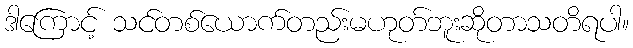
ဒါကြောင့် သင်တစ်ယောက်တည်းမဟုတ်ဘူးဆိုတာသတိရပါ။